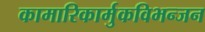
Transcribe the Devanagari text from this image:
कामारिकार्मुकविभन्जन